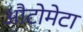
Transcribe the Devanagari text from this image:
औटोमेटा